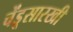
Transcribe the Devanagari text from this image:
चेंडूसारखी